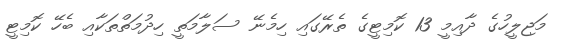
މަޖިލީހުގެ ދާއިމީ 13 ކޮމިޓީގެ ތެރޭގައި ހިމެނޭ ސަލާމަތީ ހިދުމަތްތަކާއި ބެހޭ ކޮމިޓީ